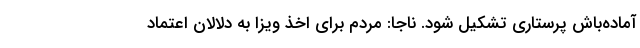
آماده‌باش پرستاری تشکیل شود. ناجا: مردم برای اخذ ویزا به دلالان اعتماد